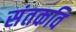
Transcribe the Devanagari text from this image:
संतकवि